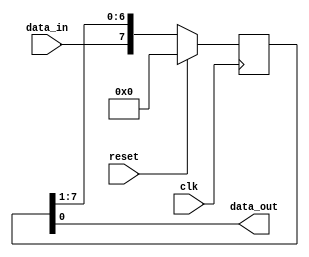
module shift_register(
  input wire clk,
  input wire reset,
  input wire data_in,
  output reg data_out
);

reg [7:0] shift_reg;

// Shift data in on rising edge of clock
always @(posedge clk) begin
  if (reset) begin
    shift_reg <= 8'b00000000;
  end else begin
    shift_reg <= {data_in, shift_reg[7:1]};
  end
end

assign data_out = shift_reg[0];

endmodule